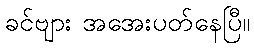
ခင်ဗျား အအေးပတ်နေပြီ။